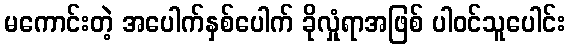
မကောင်းတဲ့ အပေါက်နှစ်ပေါက် ခိုလှုံရာအဖြစ် ပါဝင်သူပေါင်း